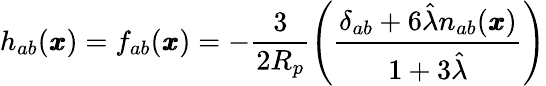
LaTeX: h_{ab}(\pmb x)=f_{ab}({\pmb x})=-\frac{3}{2R_{p}}\left(\frac{\delta_{ab}+6\hat{\lambda}n_{ab}(\pmb x)}{1+3\hat{\lambda}}\right)